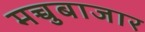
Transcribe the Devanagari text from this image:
मच्चुबाजार